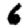
Digit: 6